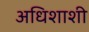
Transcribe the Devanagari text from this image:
अधिशाशी